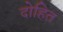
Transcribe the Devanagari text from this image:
दोहित